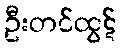
ဦးတင်ထွဋ်